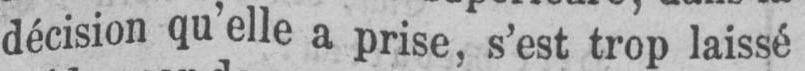
décision qu’elle a prise, s’est trop laissé